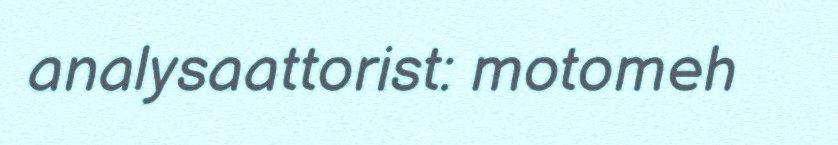
analysaattorist: motomeh